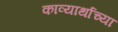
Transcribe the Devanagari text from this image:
काव्यार्थाच्या